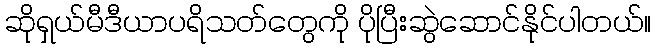
ဆိုရှယ်မီဒီယာပရိသတ်တွေကို ပိုပြီးဆွဲဆောင်နိုင်ပါတယ်။